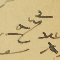
1943/ عدد 1